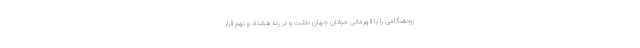
زودهنگامی را با قهرمانی جوانان جهان داشت و در رده هشتاد و نهم قرار